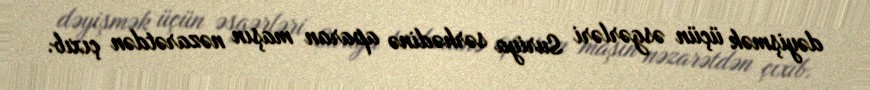
dəyişmək üçün əsgərləri Suriya sərhədinə aparan maşın nəzarətdən çıxıb.